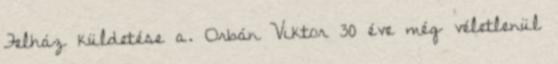
Felház küldetése a. Orbán Viktor 30 éve még véletlenül